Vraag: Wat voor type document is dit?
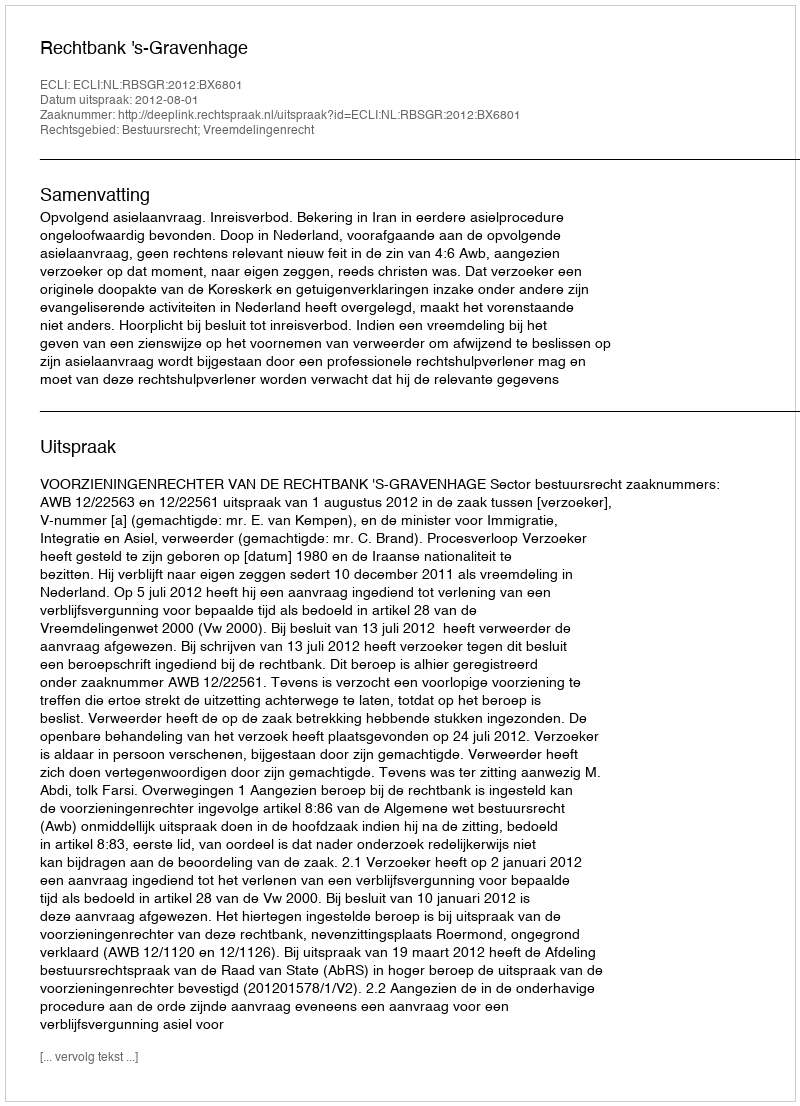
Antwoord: Uitspraak